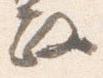
政